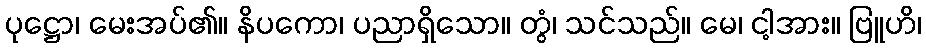
ပုဋ္ဌော၊ မေးအပ်၏။ နိပကော၊ ပညာရှိသော။ တွံ၊ သင်သည်။ မေ၊ ငါ့အား။ ဗြူဟိ၊